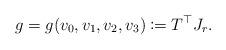
LaTeX: \begin{align*} g = g(v_0,v_1,v_2,v_3) \coloneqq T^\top J_r.\end{align*}